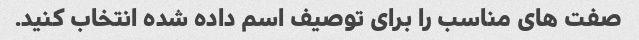
صفت های مناسب را برای توصیف اسم داده شده انتخاب کنید.